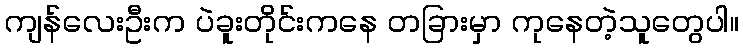
ကျန်လေးဦးက ပဲခူးတိုင်းကနေ တခြားမှာ ကုနေတဲ့သူတွေပါ။